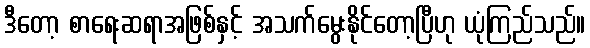
ဒီတော့ စာရေးဆရာအဖြစ်နှင့် အသက်မွေးနိုင်တော့ပြီဟု ယုံကြည်သည်။